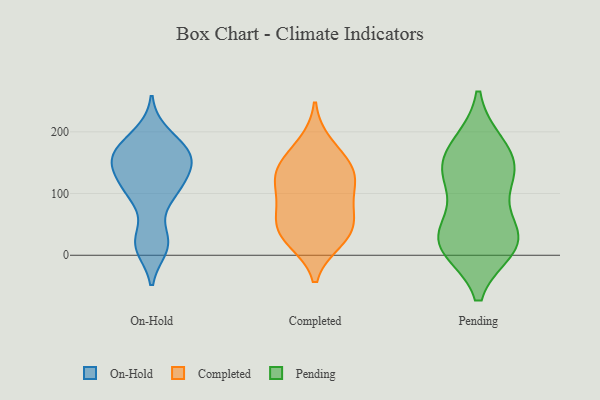
{"axis": {"x": "Customer Acquisition Cost (USD)", "y": "Value"}, "legend": ["Completed", "On-Hold", "Pending"], "data": [{"x": "", "y": 12, "type": "On-Hold"}, {"x": "", "y": 101, "type": "On-Hold"}, {"x": "", "y": 18, "type": "On-Hold"}, {"x": "", "y": 151, "type": "On-Hold"}, {"x": "", "y": 129, "type": "On-Hold"}, {"x": "", "y": 147, "type": "On-Hold"}, {"x": "", "y": 174, "type": "On-Hold"}, {"x": "", "y": 164, "type": "On-Hold"}, {"x": "", "y": 27, "type": "On-Hold"}, {"x": "", "y": 105, "type": "On-Hold"}, {"x": "", "y": 198, "type": "On-Hold"}, {"x": "", "y": 172, "type": "On-Hold"}, {"x": "", "y": 99, "type": "On-Hold"}, {"x": "", "y": 150, "type": "On-Hold"}, {"x": "", "y": 121, "type": "Completed"}, {"x": "", "y": 24, "type": "Completed"}, {"x": "", "y": 113, "type": "Completed"}, {"x": "", "y": 148, "type": "Completed"}, {"x": "", "y": 42, "type": "Completed"}, {"x": "", "y": 28, "type": "Completed"}, {"x": "", "y": 127, "type": "Completed"}, {"x": "", "y": 47, "type": "Completed"}, {"x": "", "y": 180, "type": "Completed"}, {"x": "", "y": 71, "type": "Completed"}, {"x": "", "y": 146, "type": "Completed"}, {"x": "", "y": 79, "type": "Completed"}, {"x": "", "y": 13, "type": "Pending"}, {"x": "", "y": 178, "type": "Pending"}, {"x": "", "y": 39, "type": "Pending"}, {"x": "", "y": 19, "type": "Pending"}, {"x": "", "y": 179, "type": "Pending"}, {"x": "", "y": 40, "type": "Pending"}, {"x": "", "y": 141, "type": "Pending"}, {"x": "", "y": 135, "type": "Pending"}, {"x": "", "y": 132, "type": "Pending"}, {"x": "", "y": 123, "type": "Pending"}, {"x": "", "y": 22, "type": "Pending"}, {"x": "", "y": 16, "type": "Pending"}]}